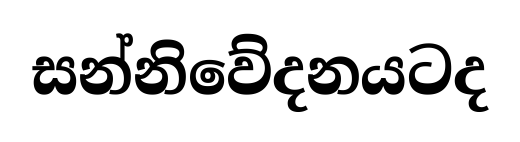
සන්නිවේදනයටද